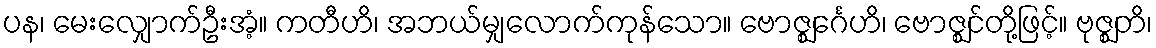
ပန၊ မေးလျှောက်ဦးအံ့။ ကတီဟိ၊ အဘယ်မျှလောက်ကုန်သော။ ဗောဇ္ဈင်္ဂေဟိ၊ ဗောဇ္ဈင်တို့ဖြင့်။ ဗုဇ္ဈတိ၊